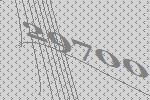
29700